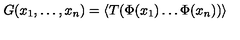
G ( x _ { 1 } , \dots , x _ { n } ) = \langle T ( \Phi ( x _ { 1 } ) \dots \Phi ( x _ { n } ) ) \rangle